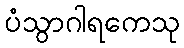
ပံသွာဂါရကေသု